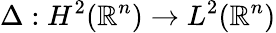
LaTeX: \Delta:H^{2}({\mathbb{R}}^{n})\to L^{2}({\mathbb{R}}^{n})